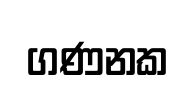
ගණනක